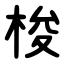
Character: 梭